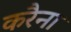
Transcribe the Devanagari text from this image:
करैना